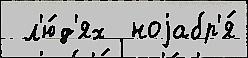
 л'ю́д'ях  ноjабр'я́